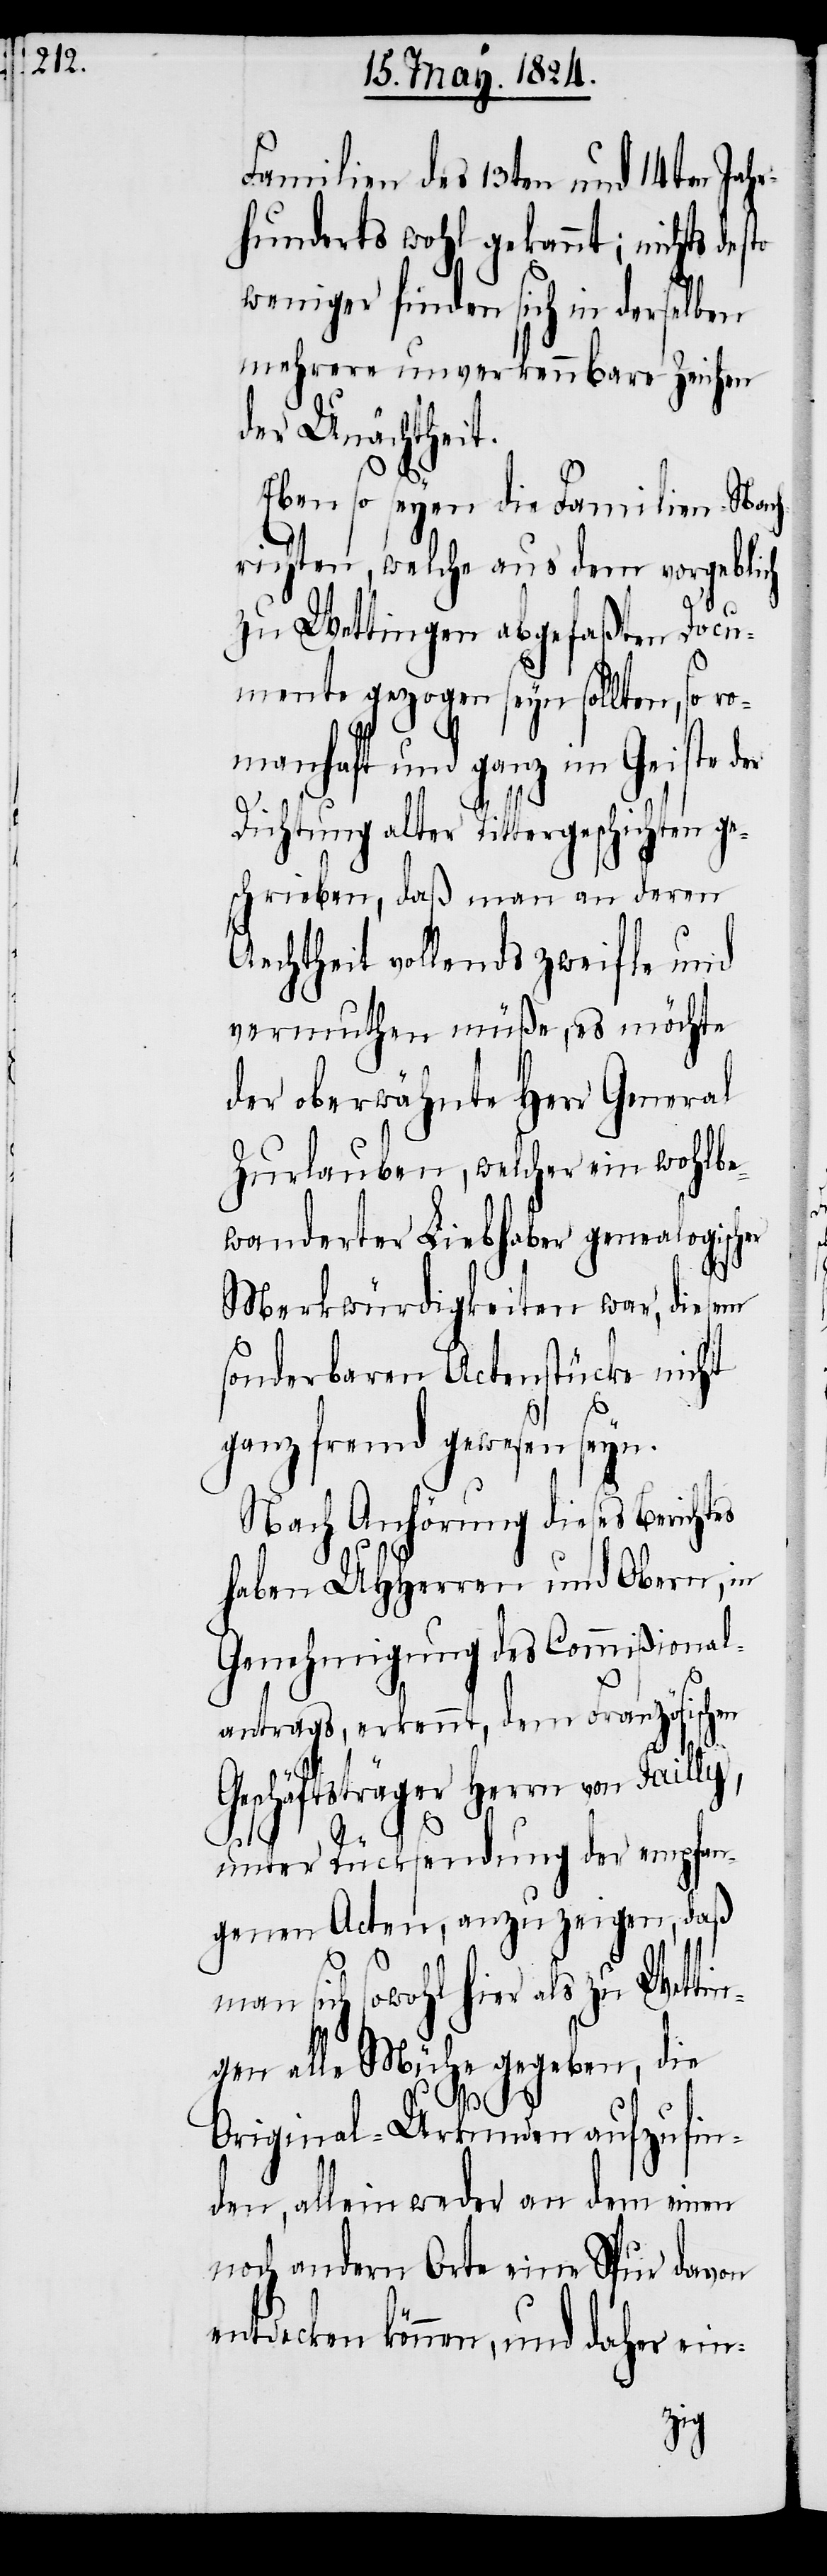
Familien des 13ten und 14ten Jahr¬
hunderts wohl gekannt; nichts des¬
weniger finden sich in derselben
mehrere unverkennbare Zeichen
der Unächtheit.
to
Eben so seyen die Familien-Nach¬
richten, welche aus dem vorgeblich
zu Wettingen abgefaßten Docu¬
mente gezogen seyn sollten, so ro¬
manhaft und ganz im Geiste der
Dichtung alter Rittergeschichten ge¬
schrieben, daß man an deren
Aechtheit vollends zweifle und
vermuthen müße, es möchte
der oberwähnte Herr General
Zurlauben, welcher ein wohl¬
wanderter Liebhaber genealogischer
Merkwürdigkeiten war, diesem
sonderbaren Actenstücke nicht
ganz fremd gewesen seyn.
Nach Anhörung dieses Berichtes
haben UHHerren und Obern, in
Genehmigung des Commißional¬
antrages, erkennt, dem Französischen
Geschäftsträger Herrn von Failly,
unter Rücksendung der empfan¬
genen Acten, anzuzeigen, daß
man sich sowohl hier als zu Wetti¬
ngen alle Mühe gegeben, die
Original-Urkunden aufzufin¬
den, allein weder an dem einen
noch andern Orte eine Spur davon
können, und daher ein-